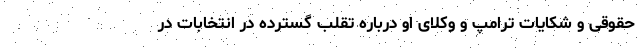
حقوقی و شکایات ترامپ و وکلای او درباره تقلب گسترده در انتخابات در